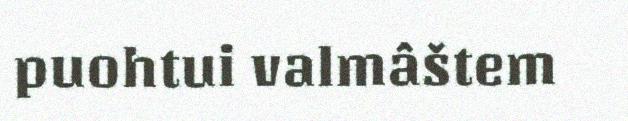
puohtui valmâštem